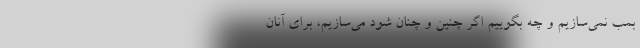
بمب نمی‌سازیم و چه بگوییم اگر چنین و چنان شود می‌سازیم، برای آنان